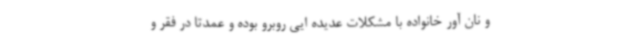
و نان آور خانواده با مشکلات عدیده ایی روبرو بوده و عمدتاً در فقر و